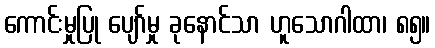
ကောင်းမှုပြု ပျော်မှု ခုနောင်သာ ဟူသောဂါထာ၊ ၈၅။